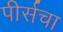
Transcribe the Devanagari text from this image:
पीर्सचा